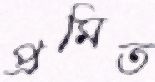
প্রমিত